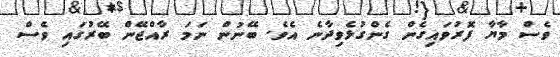
ވެސް މާޔާ ފޮރުވައިގެން ގެންގުޅެވިދާނެ އެވެ. ބޭނުން ނަމަ ރާއްޖޭން ބޭރުގައި ވެސް